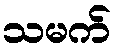
သမက်